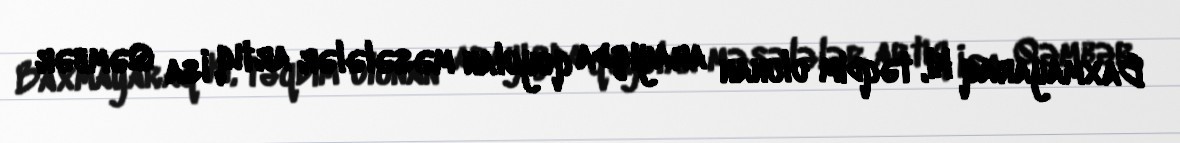
Baxmayaraq ki, təqdim olunan arayışda qoyulan məsələlər artıq İsa Qəmbər